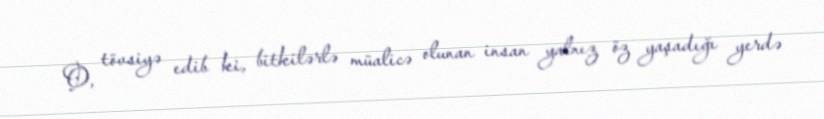
O, tövsiyə edib ki, bitkilərlə müalicə olunan insan yalnız öz yaşadığı yerdə